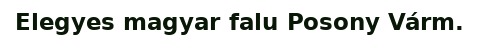
Elegyes magyar falu Posony Várm.